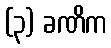
(၃) ခဏိက